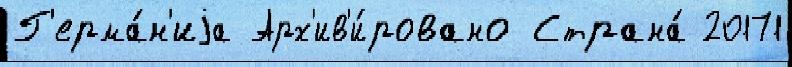
Г'ерма́н'иjа Арх'ив'и́ровано Страна́ 20171